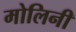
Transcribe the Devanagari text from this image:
मोलिनी